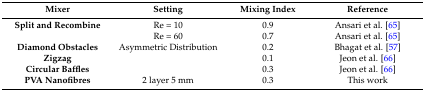
| Mixer | Setting | Mixing Index | Reference |
 | --- | --- | --- | --- |
 | Split and Recombine | Re = 10 | 0.9 | Ansari et al. [65] |
 |  | Re = 60 | 0.7 | Ansari et al. [65] |
 | Diamond Obstacles | Asymmetric Distribution | 0.2 | Bhagat et al. [57] |
 | Zigzag |  | 0.1 | Jeon et al. [66] |
 | Circular Baffles |  | 0.3 | Jeon et al. [66] |
 | PVA Nanofibres | 2 layer 5 mm | 0.3 | This work |